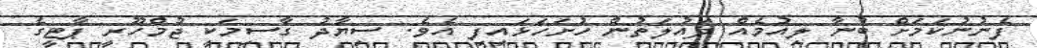
ފެނުނުކަމަށް ބުނާ ލިއުމެއް ދައުލަތުން ހުށަހަޅައިފި އެވެ. ސިޔާދު ގާސިމަކީ ޖުމްހޫރީ ޕާޓީގެ